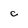
Character: c